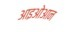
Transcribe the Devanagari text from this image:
आइओआन